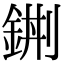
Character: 𨦿